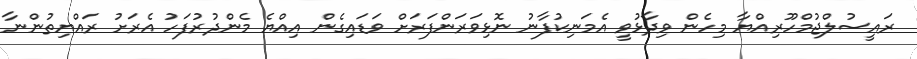
ރައީސުލްޖުމްހޫރިއްޔާ މިހެން ވިދާޅުވީ އެމަނިކުފާނު ނޮޅިވަރަންފަރަށް ވަޑައިގެން އިއްޔެ މެންދުރުފަހު އެރަށު ރައްޔިތުންނާ